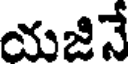
యజినే